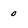
Character: 0